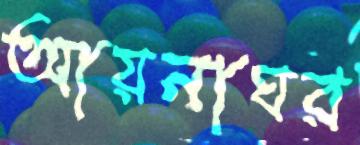
আয়নাঘর